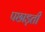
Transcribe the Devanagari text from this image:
पछाड़ती